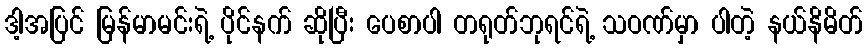
ဒါ့အပြင် မြန်မာမင်းရဲ့ ပိုင်နက် ဆိုပြီး ပေစာပါ တရုတ်ဘုရင်ရဲ့ သဝဏ်မှာ ပါတဲ့ နယ်နိမိတ်